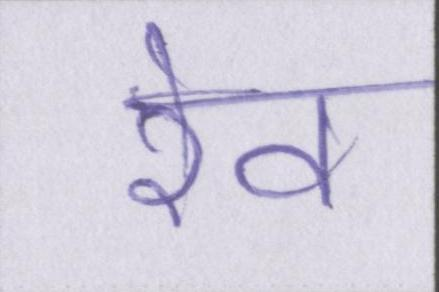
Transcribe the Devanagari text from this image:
रेव